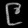
Digit: ၉